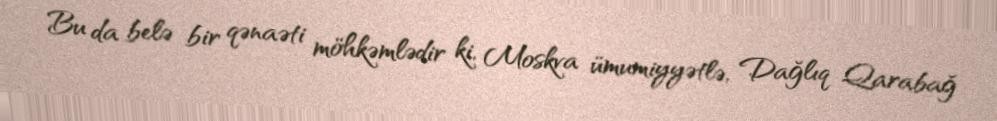
Bu da belə bir qənaəti möhkəmlədir ki, Moskva ümumiyyətlə, Dağlıq Qarabağ